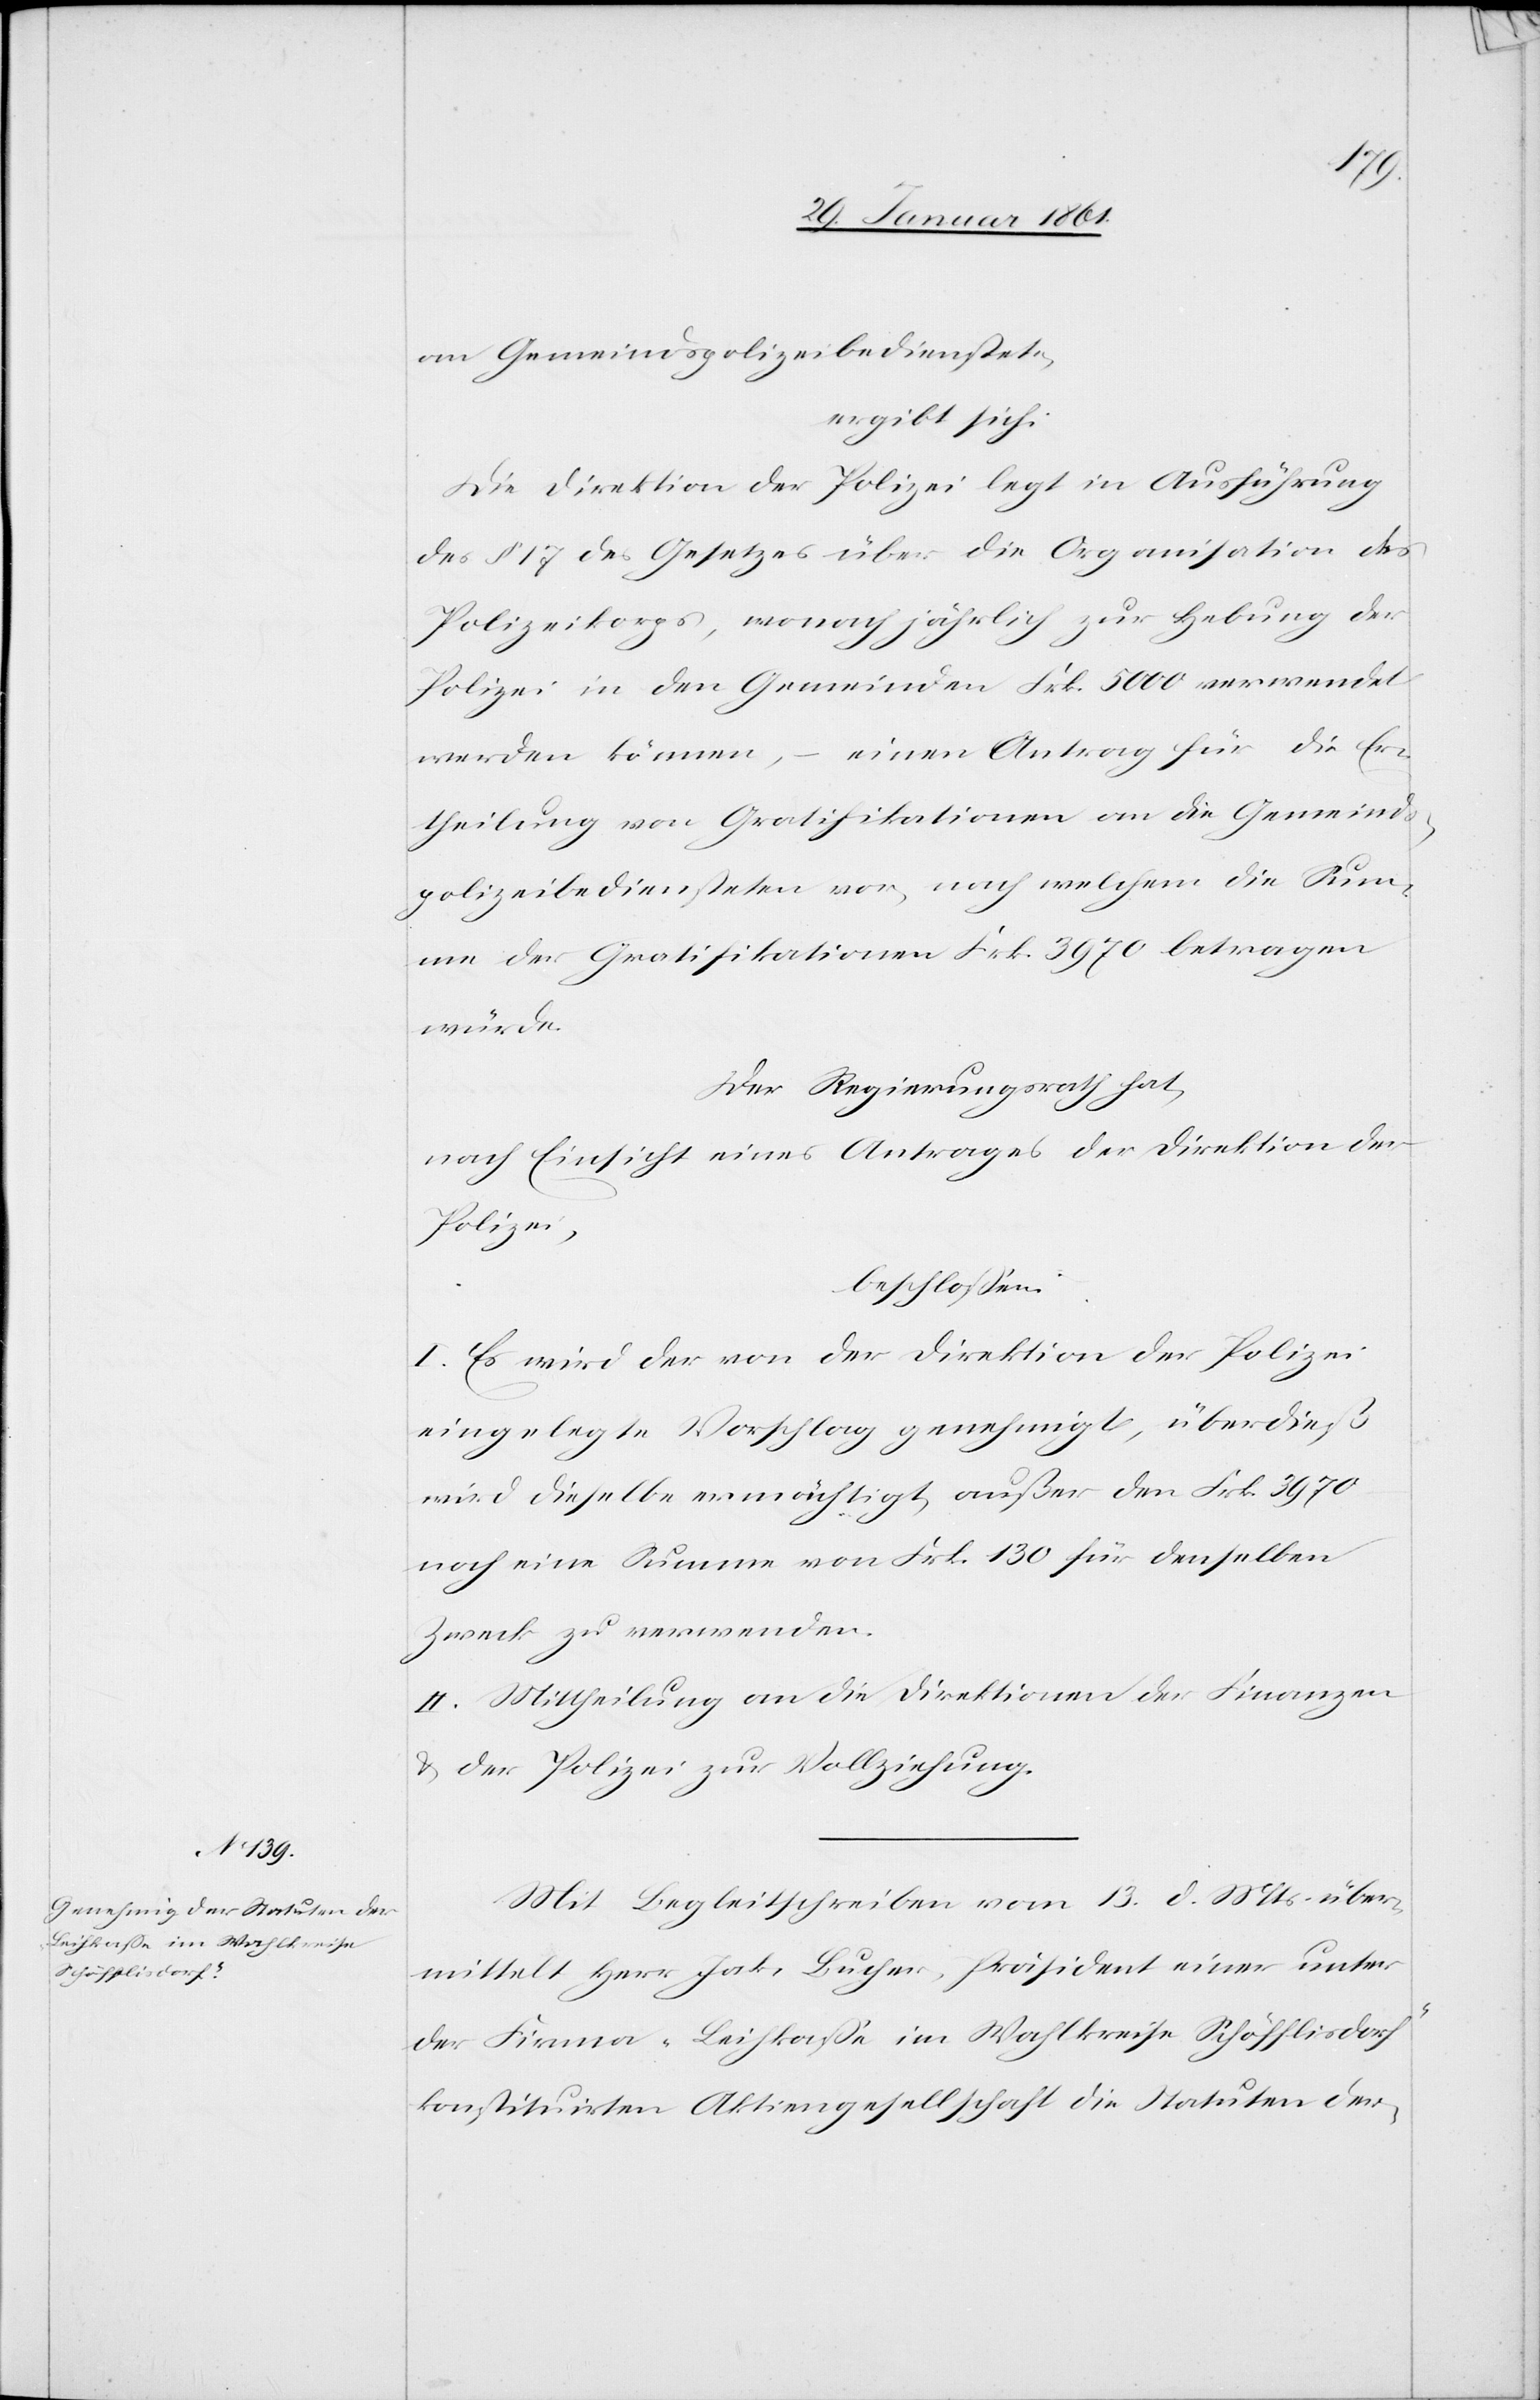
an Gemeindspolizeibedienstete,
ergibt sich:
Die Direktion der Polizei legt in Ausführung
des § 17 des Gesetzes über die Organisation des
Polizeikorps, wonach jährlich zur Hebung der
Polizei in den Gemeinden Frk. 5000 verwendet
werden können, einen Antrag für die Er¬
theilung von Gratifikationen an die Gemeinds¬
polizeibediensteten vor, nach welchem die Sum¬
me der Gratifikationen Frk. 3970 betragen
würde.
Der Regierungsrath hat,
nach Einsicht eines Antrages der Direktion der
Polizei,
beschlossen:
I. Es wird der von der Direktion der Polizei
eingelegte Vorschlag genehmigt, überdieß
wird dieselbe ermächtigt, außer den Frk. 3980
noch eine Summe von Frk. 130 für denselben
Zweck zu verwenden.
II. Mittheilung an die Direktionen der Finanzen
u. der Polizei zur Vollziehung.
Mit Begleitschreiben vom 13. d. Mts. über¬
mittelt Herr Jak. Bucher, Präsident einer unter
der Firma „Leihkasse im Wahlkreis Schöfflisdorf“
konstituirten Aktiengesellschaft die Statuten der-